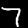
Digit: 7